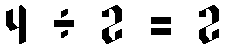
4 ÷ 2 = 2